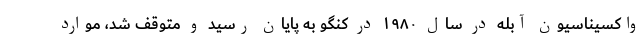
واکسیناسیون آبله در سال ۱۹۸۰ در کنگو به پایان رسید و متوقف شد، موارد